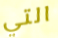
التي